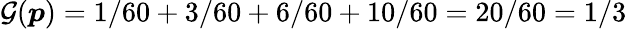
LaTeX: \mathcal{G}(\boldsymbol{p})=1/60+3/60+6/60+10/60=20/60=1/3